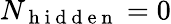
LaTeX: N_{\mathrm{~h~i~d~d~e~n~}}=0